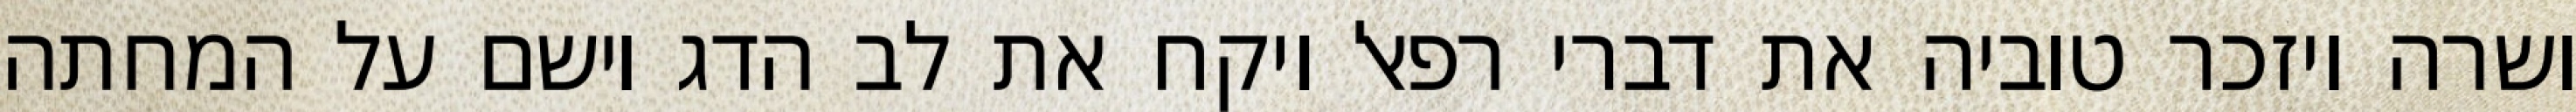
ושרה ויזכר טוביה את דברי רפאל ויקח את לב הדג וישם על המחתה